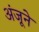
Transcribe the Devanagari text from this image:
अंजूने